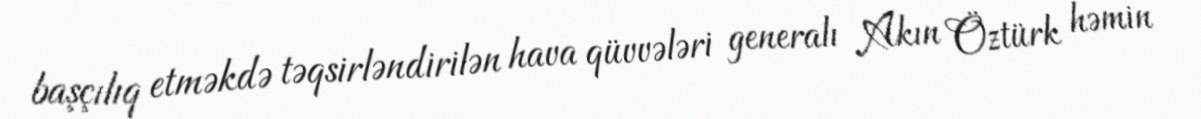
başçılıq etməkdə təqsirləndirilən hava qüvvələri generalı Akın Öztürk həmin